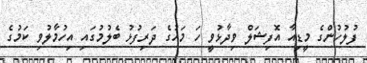
ފުލުހުންގެ މީޑިއާ އޮފިޝަލް ވިދާޅުވީ ހަ މަހުގެ ދަރިފުޅު ބެލުމުގައި އިހުމާލުވި ކަމުގެ